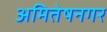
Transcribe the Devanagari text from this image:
अमितेषनगर